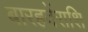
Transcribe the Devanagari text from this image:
बारहवेंराशि